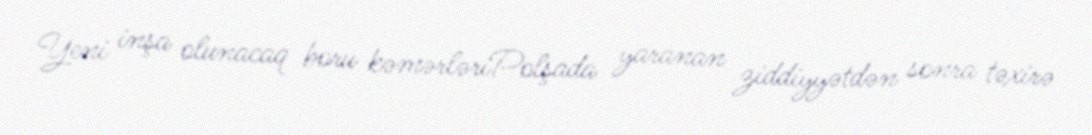
Yeni inşa olunacaq boru kəmərləriPolşada yaranan ziddiyyətdən sonra təxirə